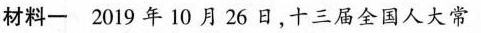
材料一 2019年10月26日，十三届全国人大常